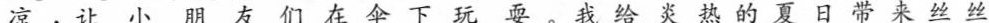
凉，让小朋友们在伞下玩耍。我给炎热的夏日带来丝丝